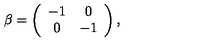
\beta = \left( \begin{array} { c c } { - 1 } & { 0 } \\ { 0 } & { - 1 } \\ \end{array} \right) ,